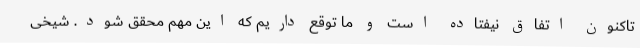
تاکنون اتفاق نیفتاده است و ما توقع داریم که این مهم محقق شود. شیخی